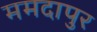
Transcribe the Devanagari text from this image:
ममदापुर